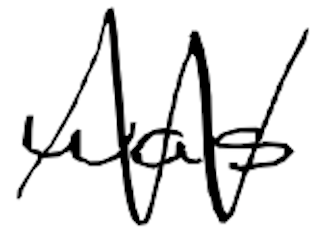
Text: was
Cross-out: zig-zag
Writing tool: digital_black